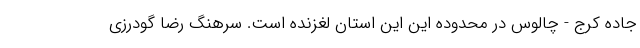
جاده کرج - چالوس در محدوده این این استان لغزنده است. سرهنگ رضا گودرزی